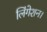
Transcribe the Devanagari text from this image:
लिंगेशन।